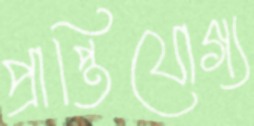
প্রাপ্তিযোগ্য